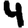
Digit: 4